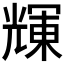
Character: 𠒽